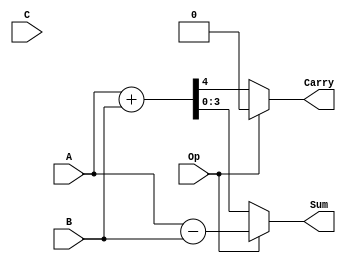
`timescale 1ns / 1ps
//////////////////////////////////////////////////////////////////////////////////
// Company: 
// Engineer: 
// 
// Design Name: 
// Module Name:    AddSub4bitBeh 
// Project Name: 
// Target Devices: 
// Tool versions: 
// Description: 
//
// Dependencies: 
//
// Revision: 
// Revision 0.01 - File Created
// Additional Comments: 
//
//////////////////////////////////////////////////////////////////////////////////
module AddSub4bitBeh(Sum,Carry,A,B,C,Op);

output [3:0] Sum;
output Carry;
input [3:0] A;
input [3:0] B;
input C,Op;
reg [3:0] Sum;
reg Carry;
 always @ (A or B or C or Op)
 begin
 if (Op==0)
 begin 
  {Carry,Sum} = A + B;
 end
 else if (Op==1)
 begin
  Sum = A - B;
  Carry = 1'b0;
 end
 else
 begin
 Sum=0;
 Carry=0;
 end
 end


endmodule